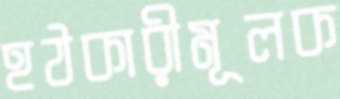
হঠকারীমূলক